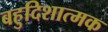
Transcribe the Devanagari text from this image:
बहुदिशात्मक